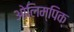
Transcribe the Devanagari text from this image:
ओलिम्पिक्